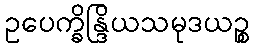
ဥပေက္ခိန္ဒြိယသမုဒယဉ္စ